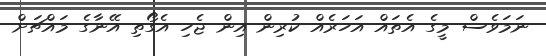
ނަމަވެސް މީގެ އެތައް އަހަރެއް ކުރިން އިން ޖެހި އެގޯތި އޭނާގެ މައްޗަށް